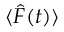
\langle \hat { F } ( t ) \rangle